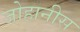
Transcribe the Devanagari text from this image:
जोहानीस